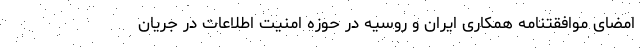
امضای موافقتنامه همکاری ایران و روسیه در حوزه امنیت اطلاعات در جریان